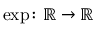
\exp \colon \mathbb { R } \to \mathbb { R }